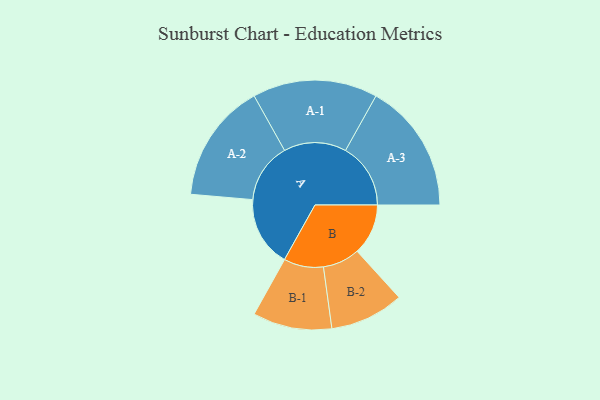
{"axis": {"x": "Segment", "y": "Value"}, "legend": ["", "A", "B"], "data": [{"x": "A", "y": 320, "type": ""}, {"x": "B", "y": 232, "type": ""}, {"x": "A-1", "y": 284, "type": "A"}, {"x": "A-2", "y": 272, "type": "A"}, {"x": "A-3", "y": 296, "type": "A"}, {"x": "B-1", "y": 180, "type": "B"}, {"x": "B-2", "y": 168, "type": "B"}]}